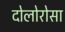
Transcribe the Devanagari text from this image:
दोलोरोसा